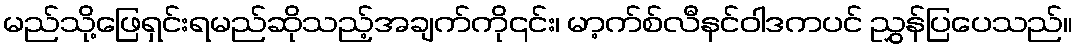
မည်သို့ဖြေရှင်းရမည်ဆိုသည့်အချက်ကို၎င်း၊ မာ့က်စ်လီနင်ဝါဒကပင် ညွှန်ပြပေသည်။